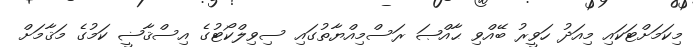
މިކަމަށްޓަކައި މިއަދު ހަވީރު ބޭއްވި ޙާއްޞަ ރަސްމިއްޔާތުގައި ސިވިލްކޯޓުގެ އިސްޤާޟީ ކަމުގެ މަޤާމަށް